Indian Medical Review
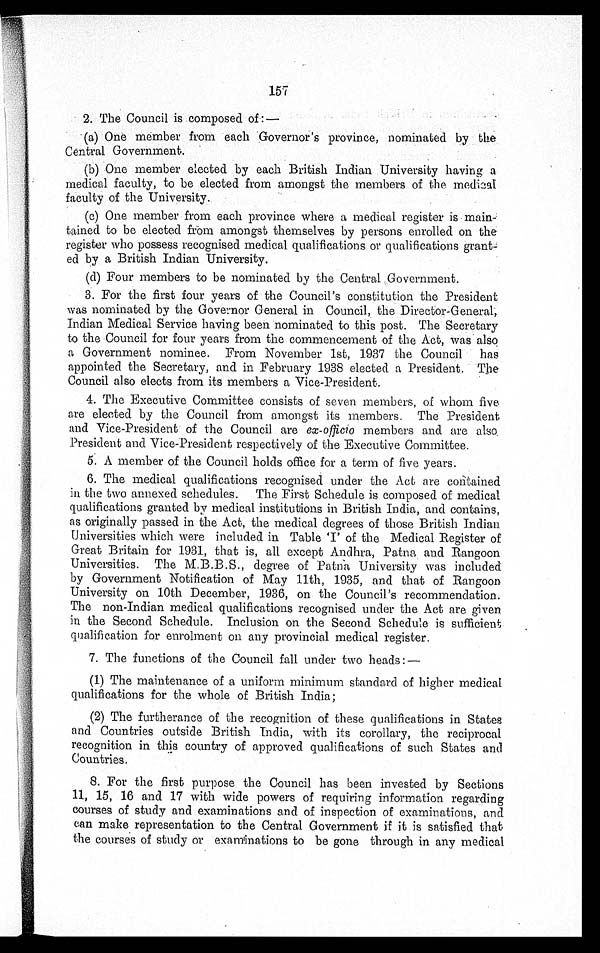
157
2.
The Council is composed off:—
(a)
One member from each Governor's province, nominated by the
Central Government.
(b)
One member elected by each British Indian University having a
medical faculty, to be elected from amongst the members of the medical
faculty of the University.
(c)
One member from each province where a medical register is main
t a i n e d t o b e e l e c t e d f r o m a m o n g s t t h e m s e l v e s b y p e r s o n s e n r o l l e d o n t h e .
register who possess recognised medical qualifications or qualifications
g r a n t e d b y a B r i t i s h I n d i a n U n i v e r s i t y .
(d)
Four members to be nominated by the Central Government.
3.
For the first four years of the Council's constitution the President
was nominated by the Governor General in Council, the Director-General,
Indian Medical Service having been nominated to this post. The Secretary
to the Council for four years from the commencement of the Act, was also
a Government nominee. From November 1st, 1937 the Council has
appointed the Secretary, and in February 1938 elected a President. The
Council also elects from its members a Vice-President.
4.
The Executive Committee consists of seven members, of whom five
are elected by the Council from amongst its members. The President
and Vice-President of the Council are ex-officio members and are also.
President and Vice-President respectively of the Executive Committee.
5.
A member of the Council holds office for a term of five years.
6.
The medical qualifications recognised under the Act are contained
in the two annexed schedules. The First Schedule is composed of medical
qualifications granted by medical institutions in British India, and contains,
as originally passed in the Act, the medical degrees of those British Indian
Universities which were included in Table 'I' of the Medical Register of
Great Britain for 1931, that is, all except Andhra, Patna and Rangoon
Universities. The M.B.B.S., degree of Patna University was included
by Government Notification of May 11th, 1935, and that of Rangoon
University on 10th December, 1936, on the Council's recommendation.
The non-Indian medical qualifications recognised under the Act are given
in the Second Schedule. Inclusion on the Second Schedule is sufficient
qualification for enrolment on any provincial medical register.
7.
The functions of the Council fall under two heads:—
(1)
The maintenance of a uniform minimum standard of higher medical
qualifications for the whole of British India;
(2)
The furtherance of the recognition of these qualifications in States
and Countries outside British India, with its corollary, the reciprocal
recognition in this country of approved qualifications of such States and
Countries.
8. For the first purpose the Council has been invested by Sections
11, 15, 16 and 17 with wide powers of requiring information regarding
courses of study and examinations and of inspection of examinations, and
can make representation to the Central Government if it is satisfied that
the courses of study or examinations to be gone through in any medical